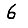
Digit: 6